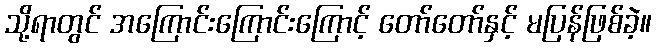
သို့ရာတွင် အကြောင်းကြောင်းကြောင့် တော်တော်နှင့် မပြန်ဖြစ်ခဲ့။